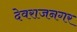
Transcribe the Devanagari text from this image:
देवराजनगर